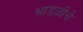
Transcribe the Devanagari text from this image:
भाडळीचे